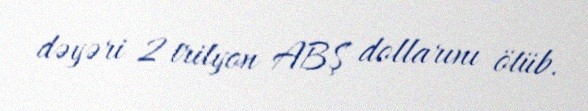
dəyəri 2 trilyon ABŞ dollarını ötüb.